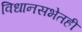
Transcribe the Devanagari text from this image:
विधानसभेतही